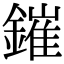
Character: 鏙